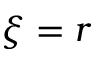
\xi = r